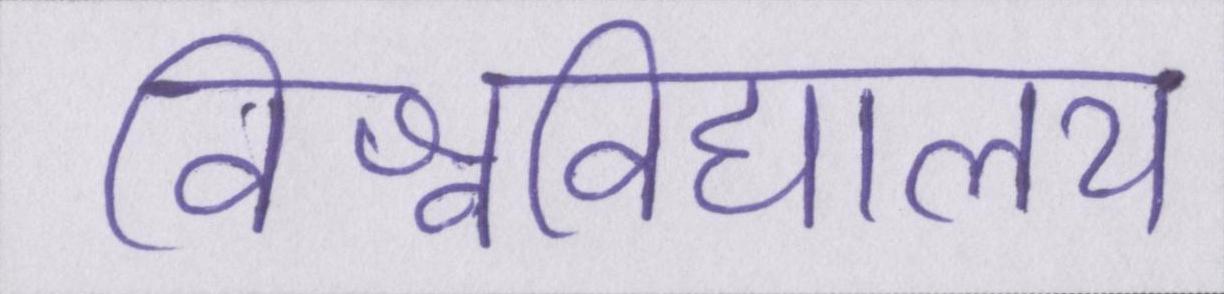
विश्वविद्यालय